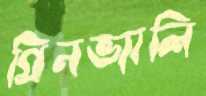
গ্রিনভ্যালি